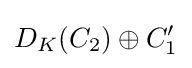
D_{K}(C_{2})\oplus C_{1}'